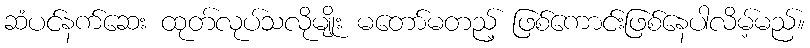
ဆံပင်နက်ဆေး ထုတ်လုပ်သလိုမျိုး မတော်မတည့် ဖြစ်ကောင်းဖြစ်နေပါလိမ့်မည်။